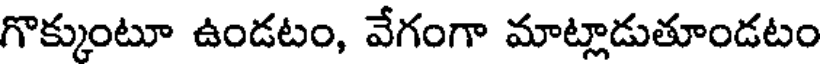
గొక్కుంటూ ఉండటం, వేగంగా మాట్లాడుతూండటం